DOW-UAP-D49, Launch Summary, Vandenberg AFB, 2000
Agency: Department of War
Incident date: 2/3/00
Page 99
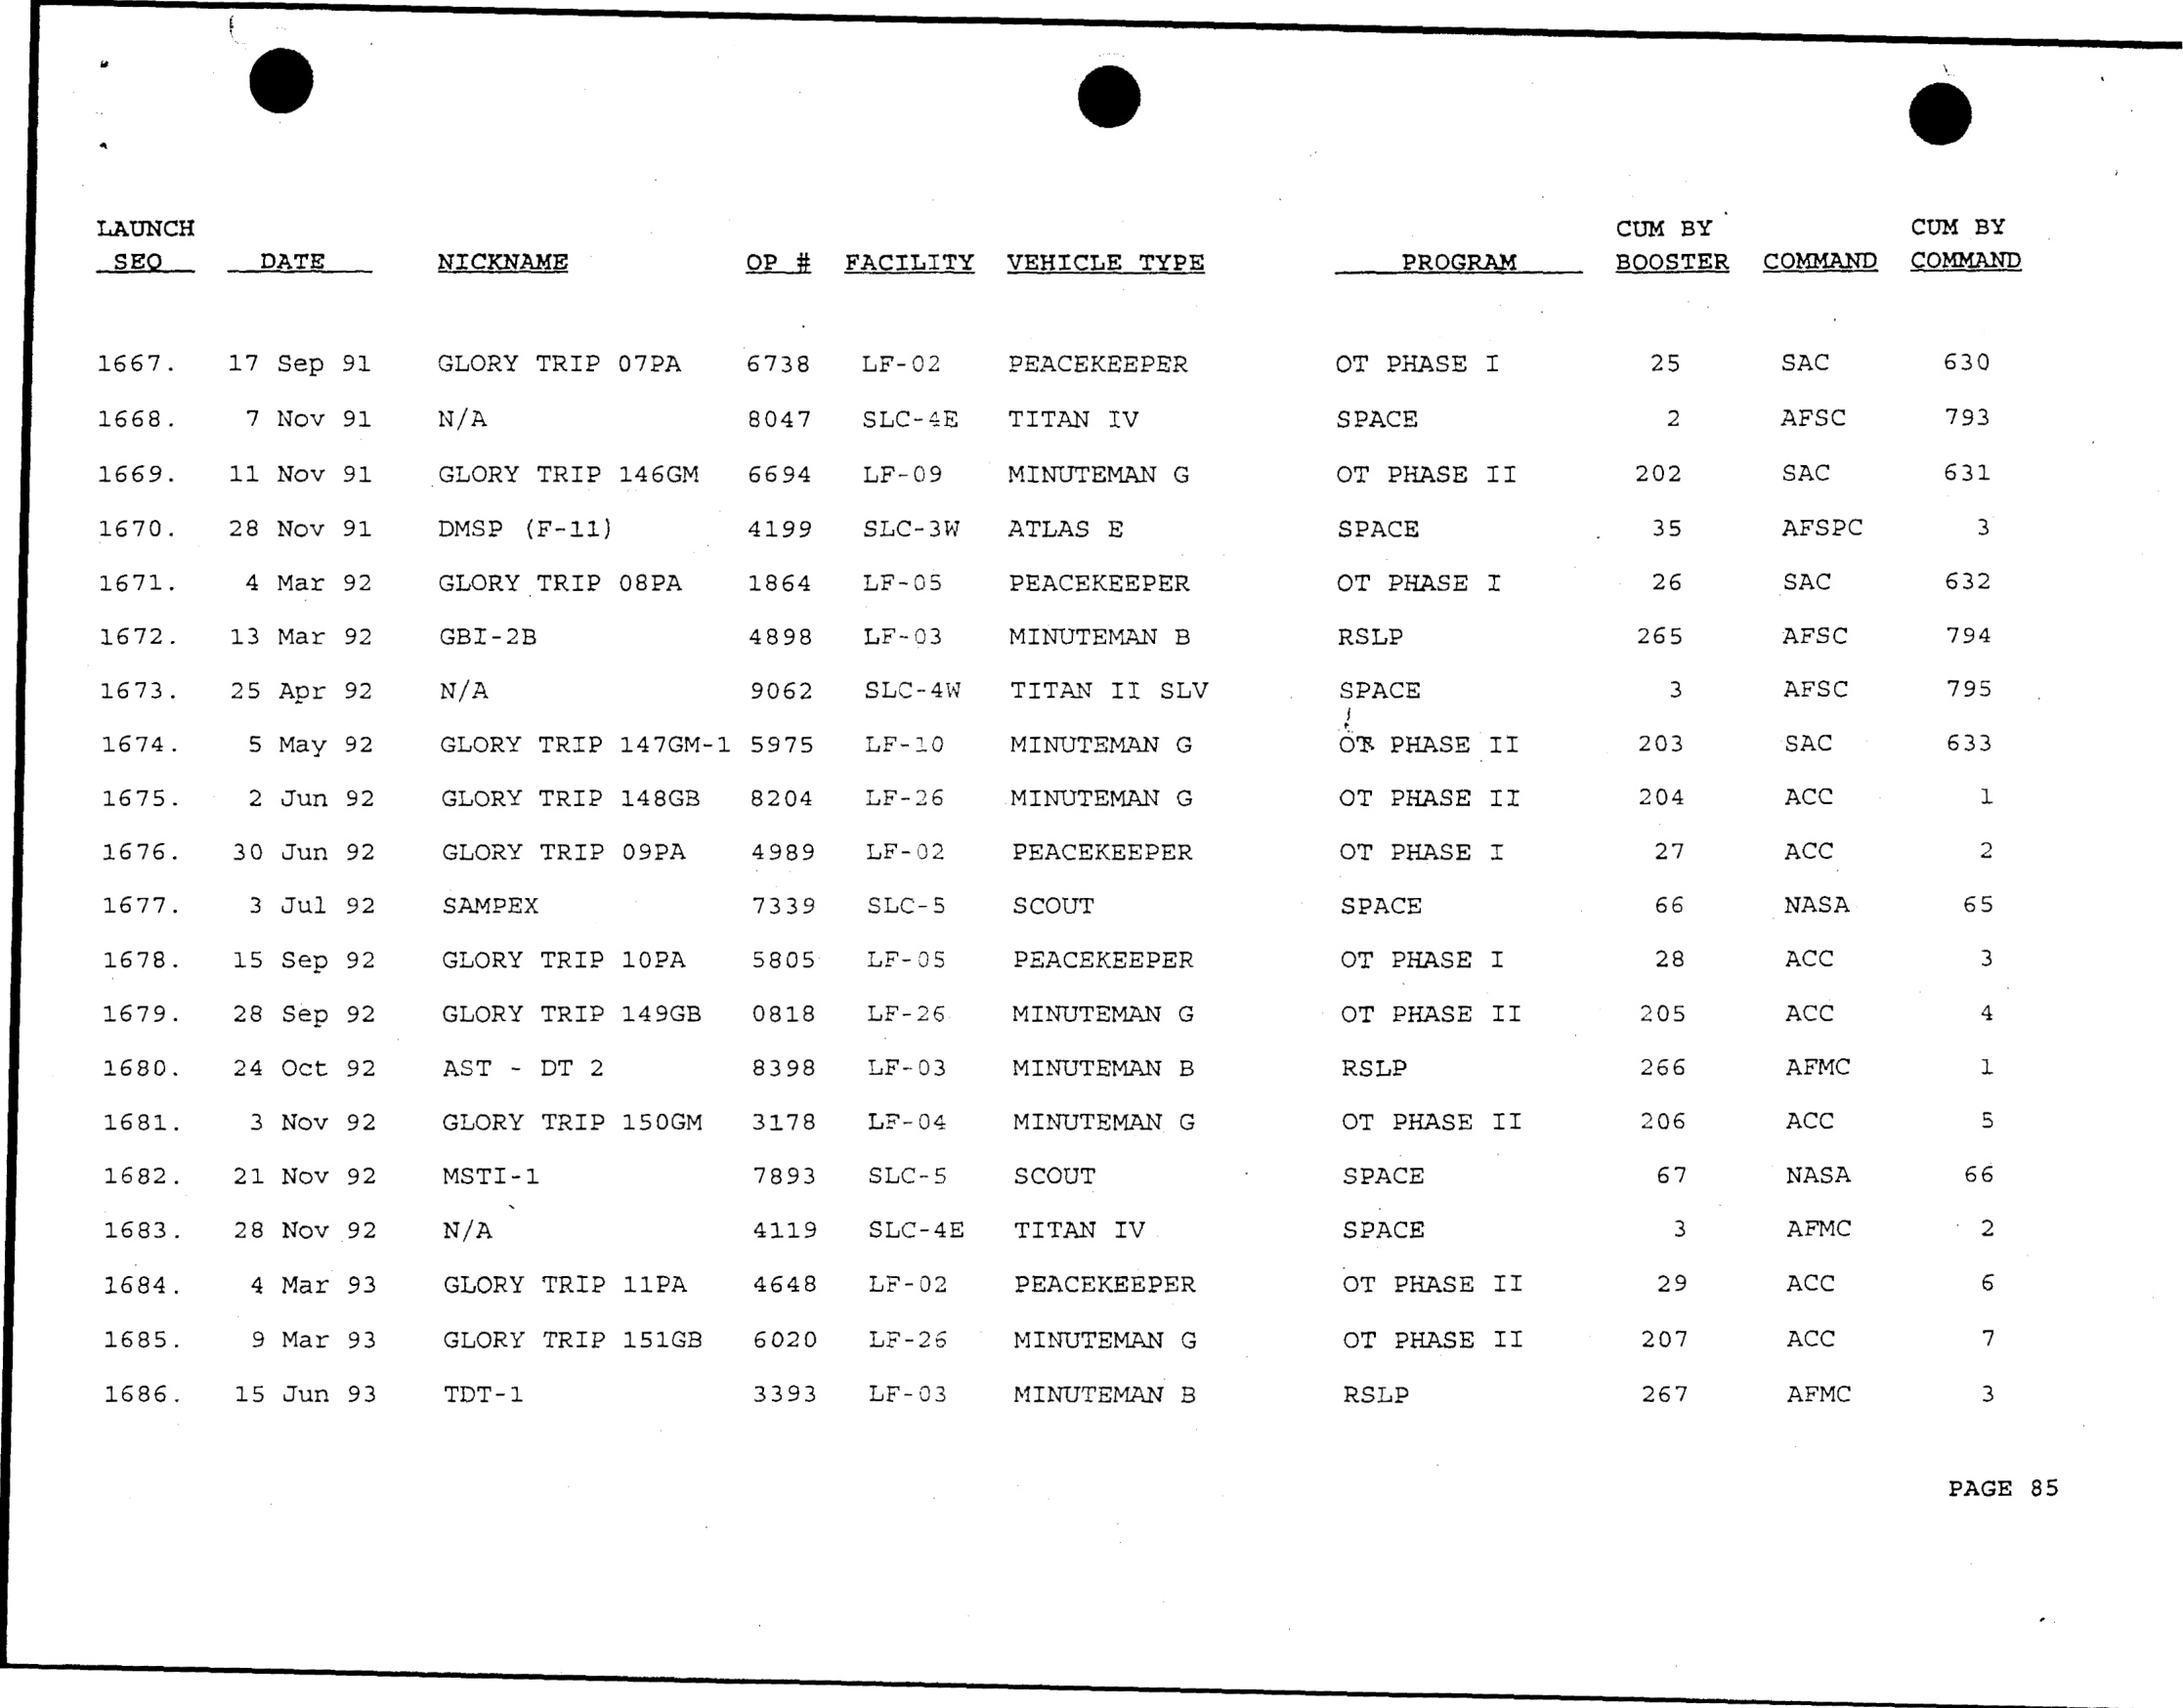